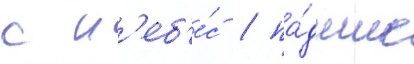
с н'еб'е́с / па́дшие